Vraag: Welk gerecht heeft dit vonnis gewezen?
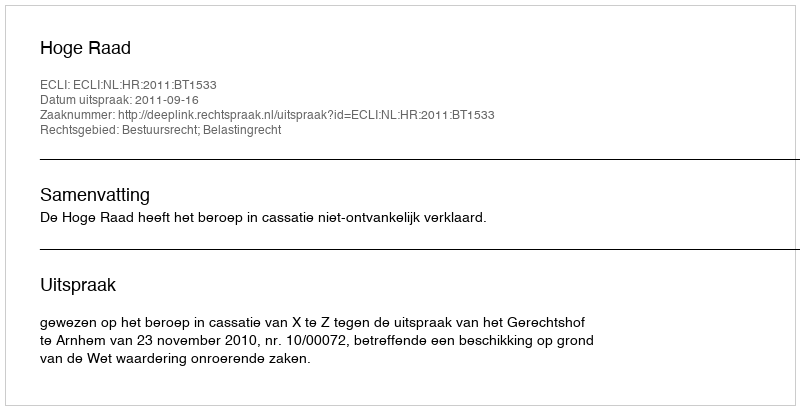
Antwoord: Hoge Raad